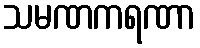
သမဏကရဏာ